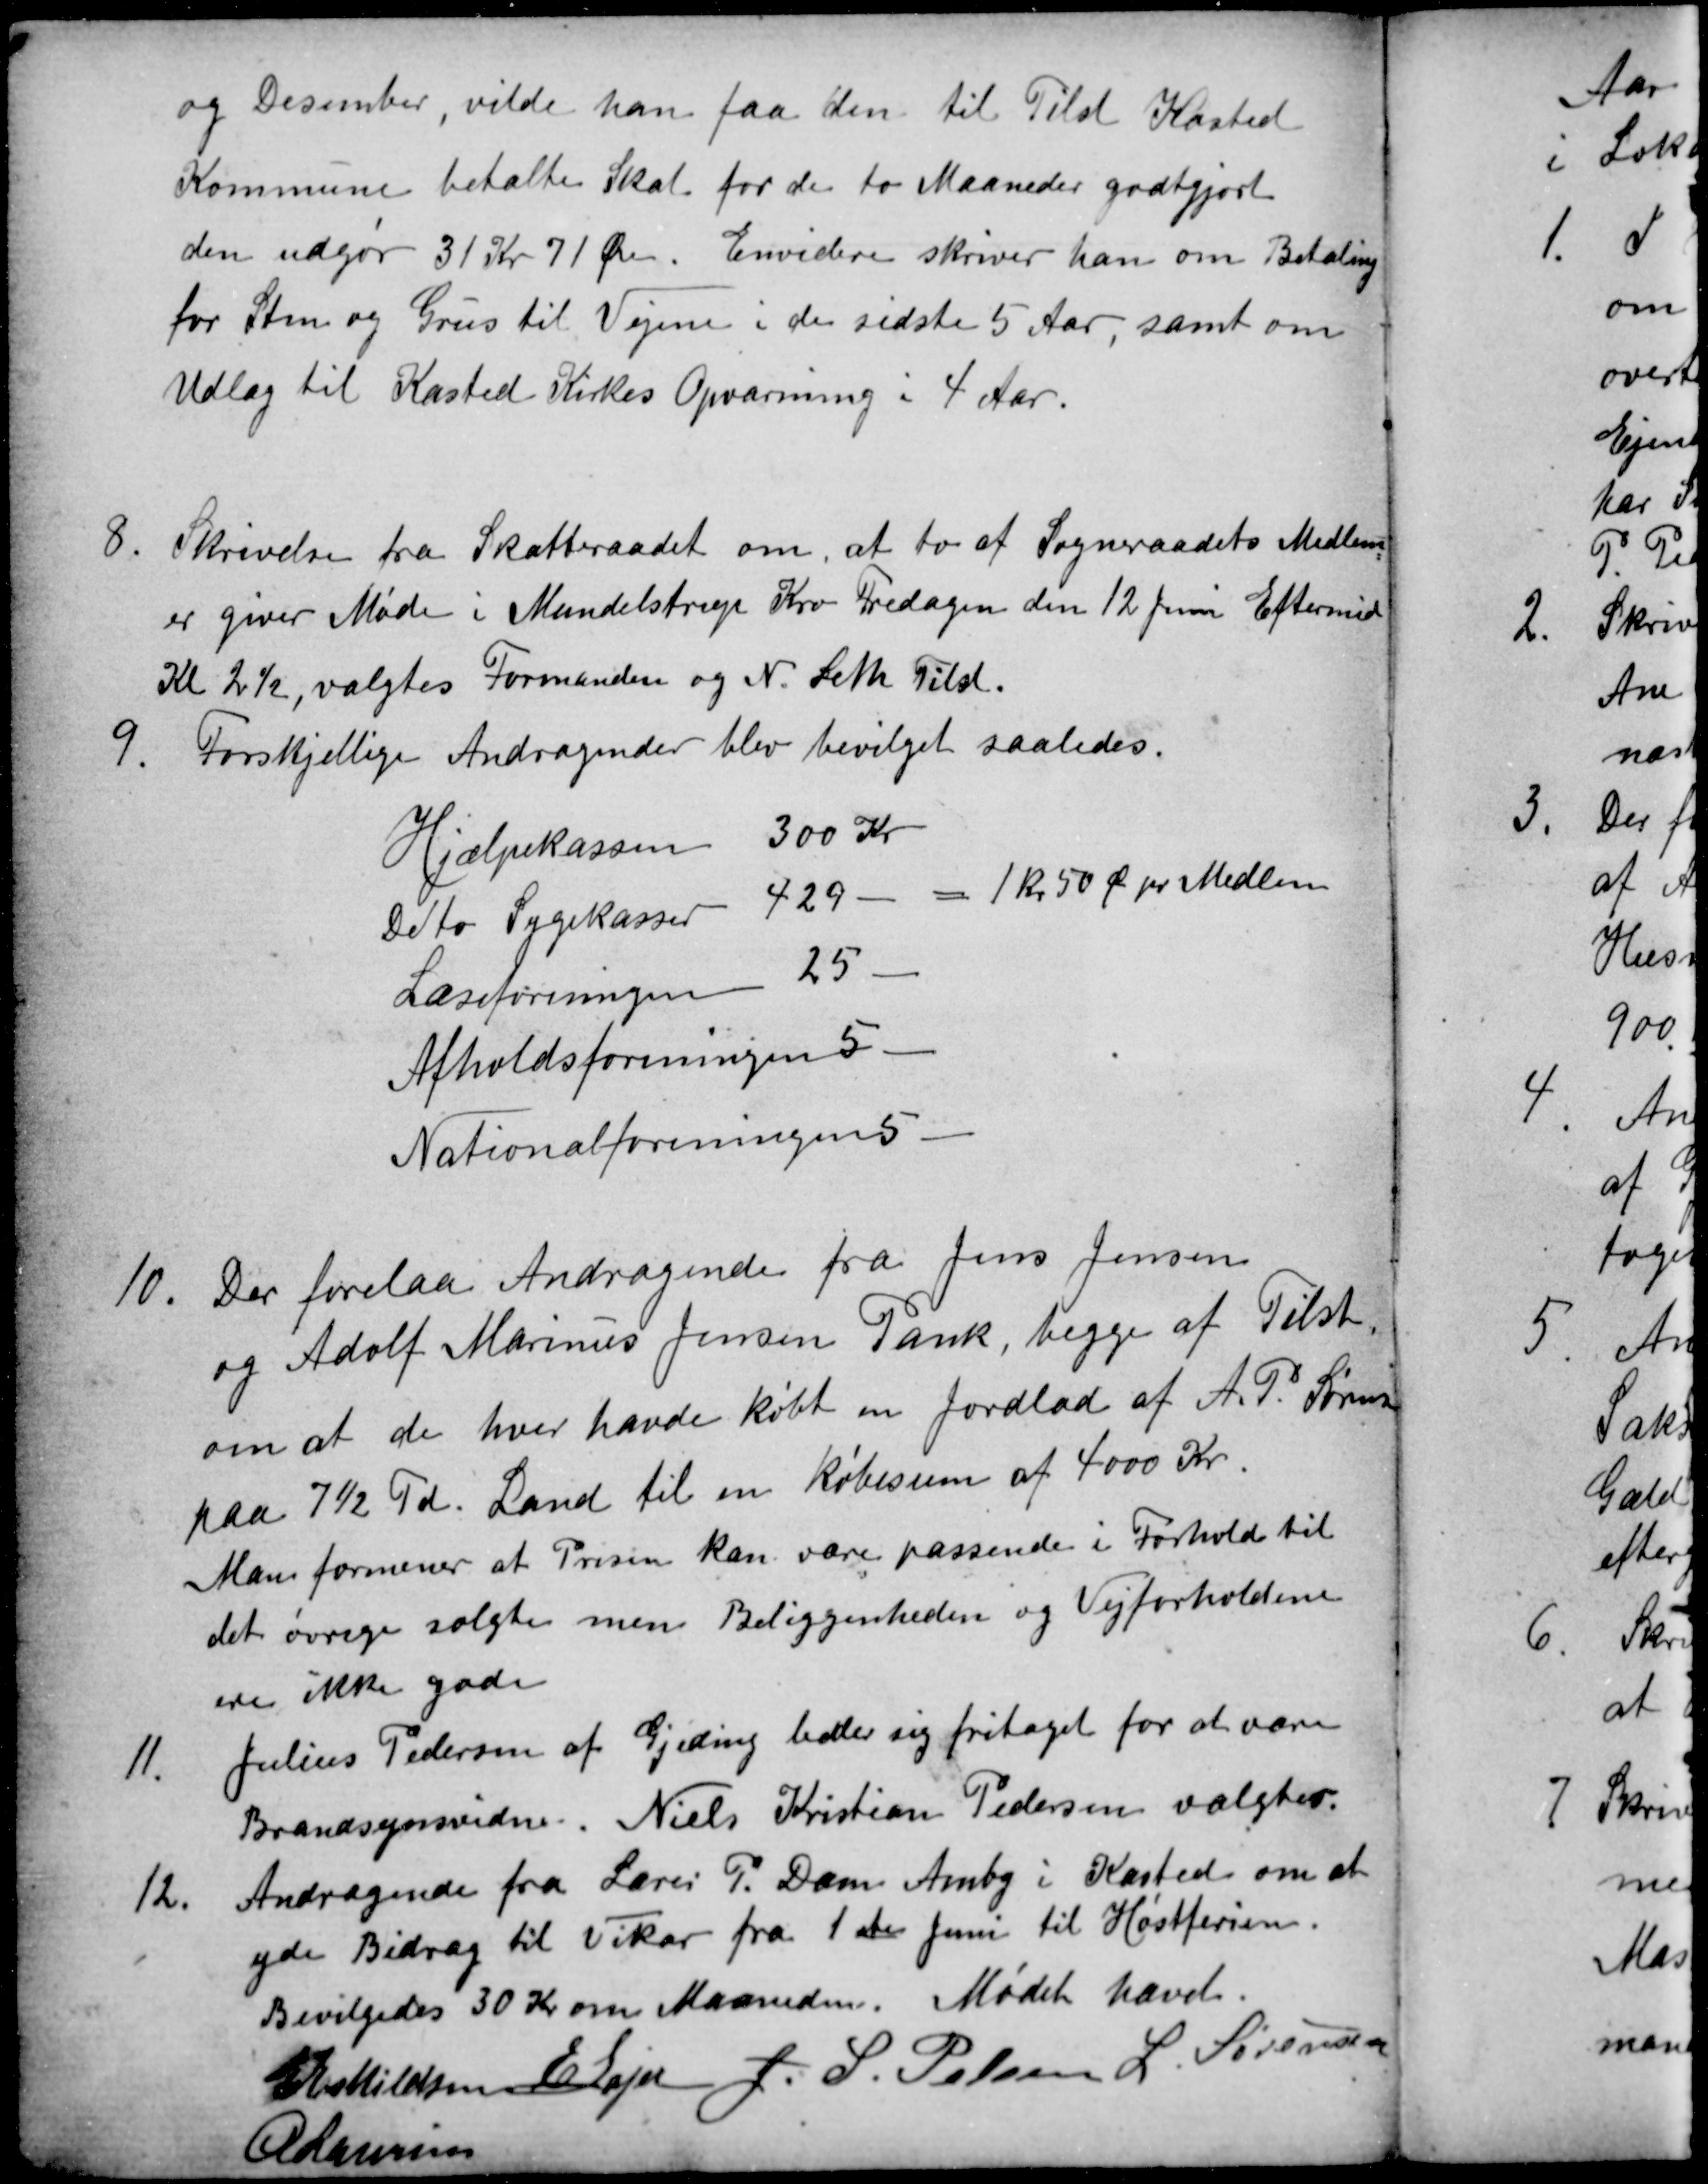
Transskription:
og Desember, vilde han faa den til Tilst Kasted
Kommune betalte Skat for de to Maaneder godtgjort
den udgør 31 Kr 71 Øre. Envidere skriver han om Betaling
for Sten og Grus til Vejene i de sidste 5 Aar, samt om
Udlæg til Kasted Kirkes Opvarming i 4 Aar.
8
Skrivelse fra Skatteraadet om, at to af Sogneraadets Medlem
er giver Møde i Mundelstrup Kro Fredagen den 12 Juni Eftermid
Kl 2½, valgtes Formanden og N. Leth Tilst.
9
Forskjellige Andragender blev bevilget saaledes.
Hjælpekassen
300 Kr
De to Sygekasser
429
1 Kr 50 Ø pr Medlem
Læseforeningen 25
Afholdsforeningen 5
Nationalforeningen 5
10
Der forelaa Andragende fra Jens Jensen
og Adolf Marinus Jensen Pank, begge af Tilst
om at de hver havde købt en Jordlod af A. P. Sørens
paa 7½ Td. Land til en Købesum af 4000 Kr.
Man formener at Prisen kan være passende i Forhold til
det øvrige solgte men Beliggenheden og Vejforholdene
ere ikke gode
11.
Julius Pedersen af Gjeding beder sig fritaget for at være
Brandsynsvidne Niels Kristian Pedersen valgtes.
12.
Andragende fra Lærer P. Dam Amby i Kasted om at
yde Bidrag til Vikar fra 1ste Juni til Høstferien.
Bevilgedes 30 Kr om Maaneden. Mødet hævet.
E Eskildsen E Lajer J. S. Pelsen L. Sørensen
A Laursen